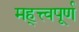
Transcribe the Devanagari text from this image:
मह्त्त्वपूर्ण